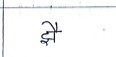
मजकूर: झै